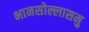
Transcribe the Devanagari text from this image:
भानसोल्लासमु